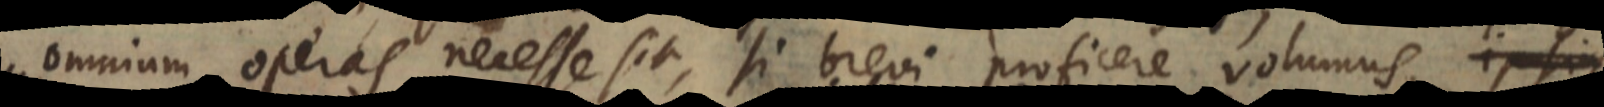
omnium operas necesse sit, si brevi proficere volumus, ipsiq